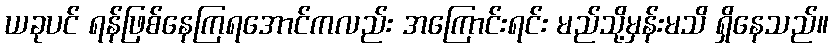
ယခုပင် ရန်ဖြစ်နေကြရအောင်ကလည်း အကြောင်းရင်း မည်သို့မှန်းမသိ ရှိနေသည်။